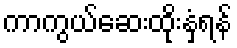
ကာကွယ်ဆေးထိုးနှံရန်